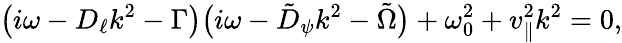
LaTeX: \big(i\omega-D_{\ell}k^{2}-\Gamma\big)\big(i\omega-\tilde{D}_{\psi}k^{2}-\tilde{\Omega}\big)+\omega_{0}^{2}+v_{\| }^{2}k^{2}=0,